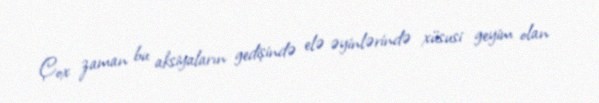
Çox zaman bu aksiyaların gedişində elə əyinlərində xüsusi geyim olan